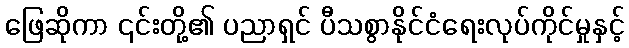
ဖြေဆိုကာ ၎င်းတို့၏ ပညာရှင် ပီသစွာနိုင်ငံရေးလုပ်ကိုင်မှုနှင့်